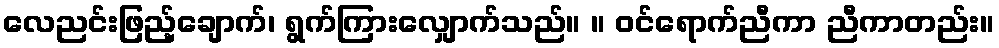
လေညင်းဖြည့်ချောက်၊ ရွက်ကြားလျှောက်သည်။ ။ ဝင်ရောက်ညီကာ ညီကာတည်း။